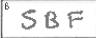
Transcription: SBF